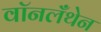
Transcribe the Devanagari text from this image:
वॉनलँथेन